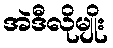
အဲဒီလိုမျိုး